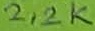
Text: 2,2K